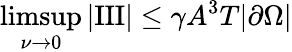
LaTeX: \operatorname*{limsup}_{\nu\to 0}|\mathrm{III}|\le\gamma A^{3}T|\partial\Omega|